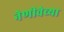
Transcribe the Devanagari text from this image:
नेणीवेच्या